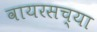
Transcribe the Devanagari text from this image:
वायरसच्या